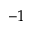
^ { - 1 }